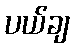
ပယ်ချ